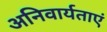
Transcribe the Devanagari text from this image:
अनिवार्यताएं